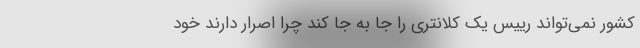
کشور نمی‌تواند رییس یک کلانتری را جا به جا کند چرا اصرار دارند خود